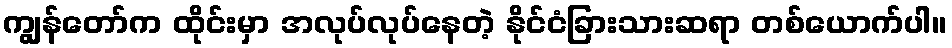
ကျွန်တော်က ထိုင်းမှာ အလုပ်လုပ်နေတဲ့ နိုင်ငံခြားသားဆရာ တစ်ယောက်ပါ။